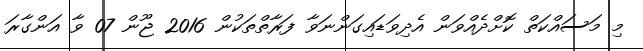
މި މަސައްކަތް ކޮށްދެއްވަން އެދިވަޑައިގަންނަވާ ފަރާތްތަކުން 2016 ޖޫން 07 ވާ އަންގާރަ